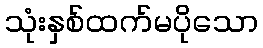
သုံးနှစ်ထက်မပိုသော